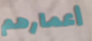
أعمارهم